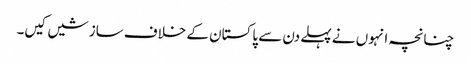
چنانچہ انہوں نے پہلے دن سے پاکستان کے خلاف سازشیں کیں۔